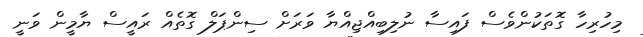
މިހުރިހާ ގޮތަކުންވެސް ފައިސާ ނުލިބިއްޖިއްޔާ ވަރަށް ސިންޕަލް ގޮތެއް ރައީސް ޔާމީން ވަނީ